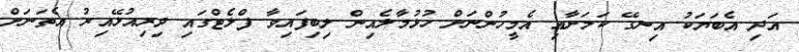
އަދި އެބަޔަކު އިނގޭ ކަމަށާއި އެމީހުންނަށް ހުޅުމާލެއިން ލިބިފައިވާ ފްލެޓްގައި ދިރިއުޅޭއިރު އެތަނަށް